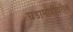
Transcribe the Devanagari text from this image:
घडामोडींवरील